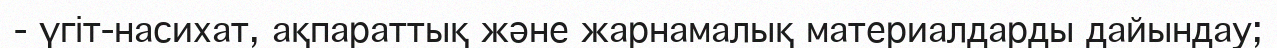
-	үгіт-насихат, ақпараттық және жарнамалық материалдарды дайындау;